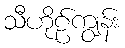
သီဟိုဠ်ကျွန်း